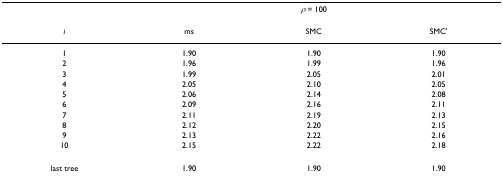
<table><thead><tr><td></td><td colspan="3"><b><i>ρ </i>= 100</b></td></tr><tr><td><b><i>i</i></b></td><td><b>ms</b></td><td><b>SMC</b></td><td><b>SMC&#x27;</b></td></tr></thead><tbody><tr><td>1</td><td>1.90</td><td>1.90</td><td>1.90</td></tr><tr><td>2</td><td>1.96</td><td>1.99</td><td>1.96</td></tr><tr><td>3</td><td>1.99</td><td>2.05</td><td>2.01</td></tr><tr><td>4</td><td>2.05</td><td>2.10</td><td>2.05</td></tr><tr><td>5</td><td>2.06</td><td>2.14</td><td>2.08</td></tr><tr><td>6</td><td>2.09</td><td>2.16</td><td>2.11</td></tr><tr><td>7</td><td>2.11</td><td>2.19</td><td>2.13</td></tr><tr><td>8</td><td>2.12</td><td>2.20</td><td>2.15</td></tr><tr><td>9</td><td>2.13</td><td>2.22</td><td>2.16</td></tr><tr><td>10</td><td>2.15</td><td>2.22</td><td>2.18</td></tr><tr><td>last tree</td><td>1.90</td><td>1.90</td><td>1.90</td></tr></tbody></table>